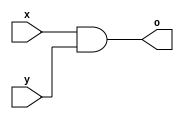
`timescale 1ns/1ps

module my_And(o, x, y);
    input x, y;
    output o;

    wire tmp1;

    nand a0(tmp1, x, y);
    nand a1(o, tmp1, tmp1);

endmodule

module my_Or(o, x, y);
    input x, y;
    output o;

    wire tmp1, tmp2;

    nand o0(tmp1, x, x);
    nand o1(tmp2, y, y);
    nand o2(o, tmp1, tmp2);

endmodule

module my_Xor(o, x, y);
    input x, y;
    output o;

    wire tmp1_Xor, tmp2_Xor, tmp3_Xor;

    nand x0(tmp1_Xor, x, y);
    nand x1(tmp2_Xor, x, tmp1_Xor);
    nand x3(tmp3_Xor, y, tmp1_Xor);
    nand x4(o, tmp2_Xor, tmp3_Xor);

endmodule

module Majority(a, b, c, out);
    input a, b, c;
    output out;

    wire tmp1, tmp2, tmp3, tmp4;

    my_And k0(tmp1, a, b);
    my_And k1(tmp2, a, c);
    my_And k2(tmp3, b, c);
    my_Or k3(tmp4, tmp1, tmp2);
    my_Or k4(out, tmp3, tmp4);

endmodule

module Half_Adder (a, b, cout, sum);
    input a, b;
    output cout, sum;

    wire tmp1, tmp2, tmp3;

    nand x0(tmp1, a, b);
    nand x1(tmp2, a, tmp1);
    nand x3(tmp3, b, tmp1);
    nand x4(sum, tmp2, tmp3);
    nand x6(cout, tmp1, tmp1);


endmodule

module Full_Adder (a, b, cin, cout, sum);
    input a, b, cin;
    output cout, sum;

    wire tmp1;

    Majority M0(a, b, cin, cout);
    my_Xor M1(tmp1, a, b);
    my_Xor M2(sum, tmp1, cin);

endmodule